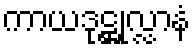
ကာယဒုဋ္ဌုလ္လာနံ